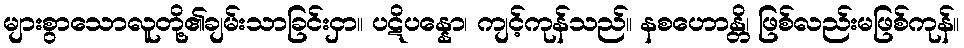
များစွာသောလူတို့၏ချမ်းသာခြင်းငှာ။ ပဋိပန္နော၊ ကျင့်ကုန်သည်။ နစဟောန္တိ၊ ဖြစ်လည်းမဖြစ်ကုန်။